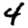
Digit: 4